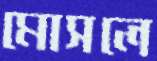
মোসলে